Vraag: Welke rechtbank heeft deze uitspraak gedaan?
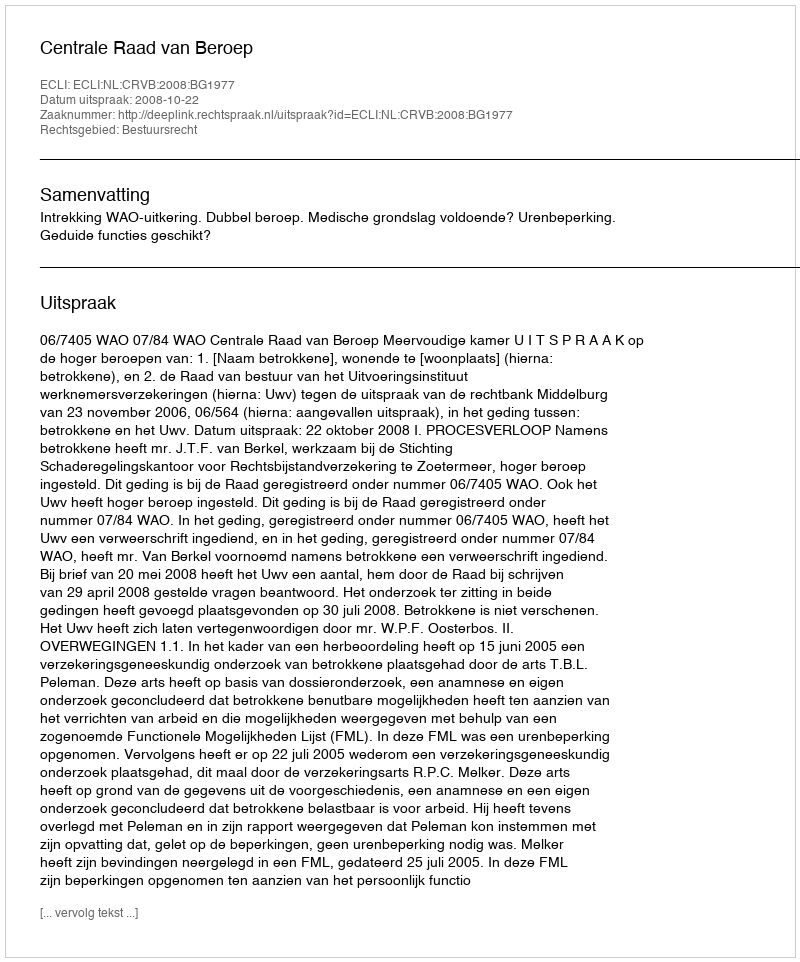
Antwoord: Centrale Raad van Beroep